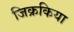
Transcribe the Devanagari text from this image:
जिक्रकिया